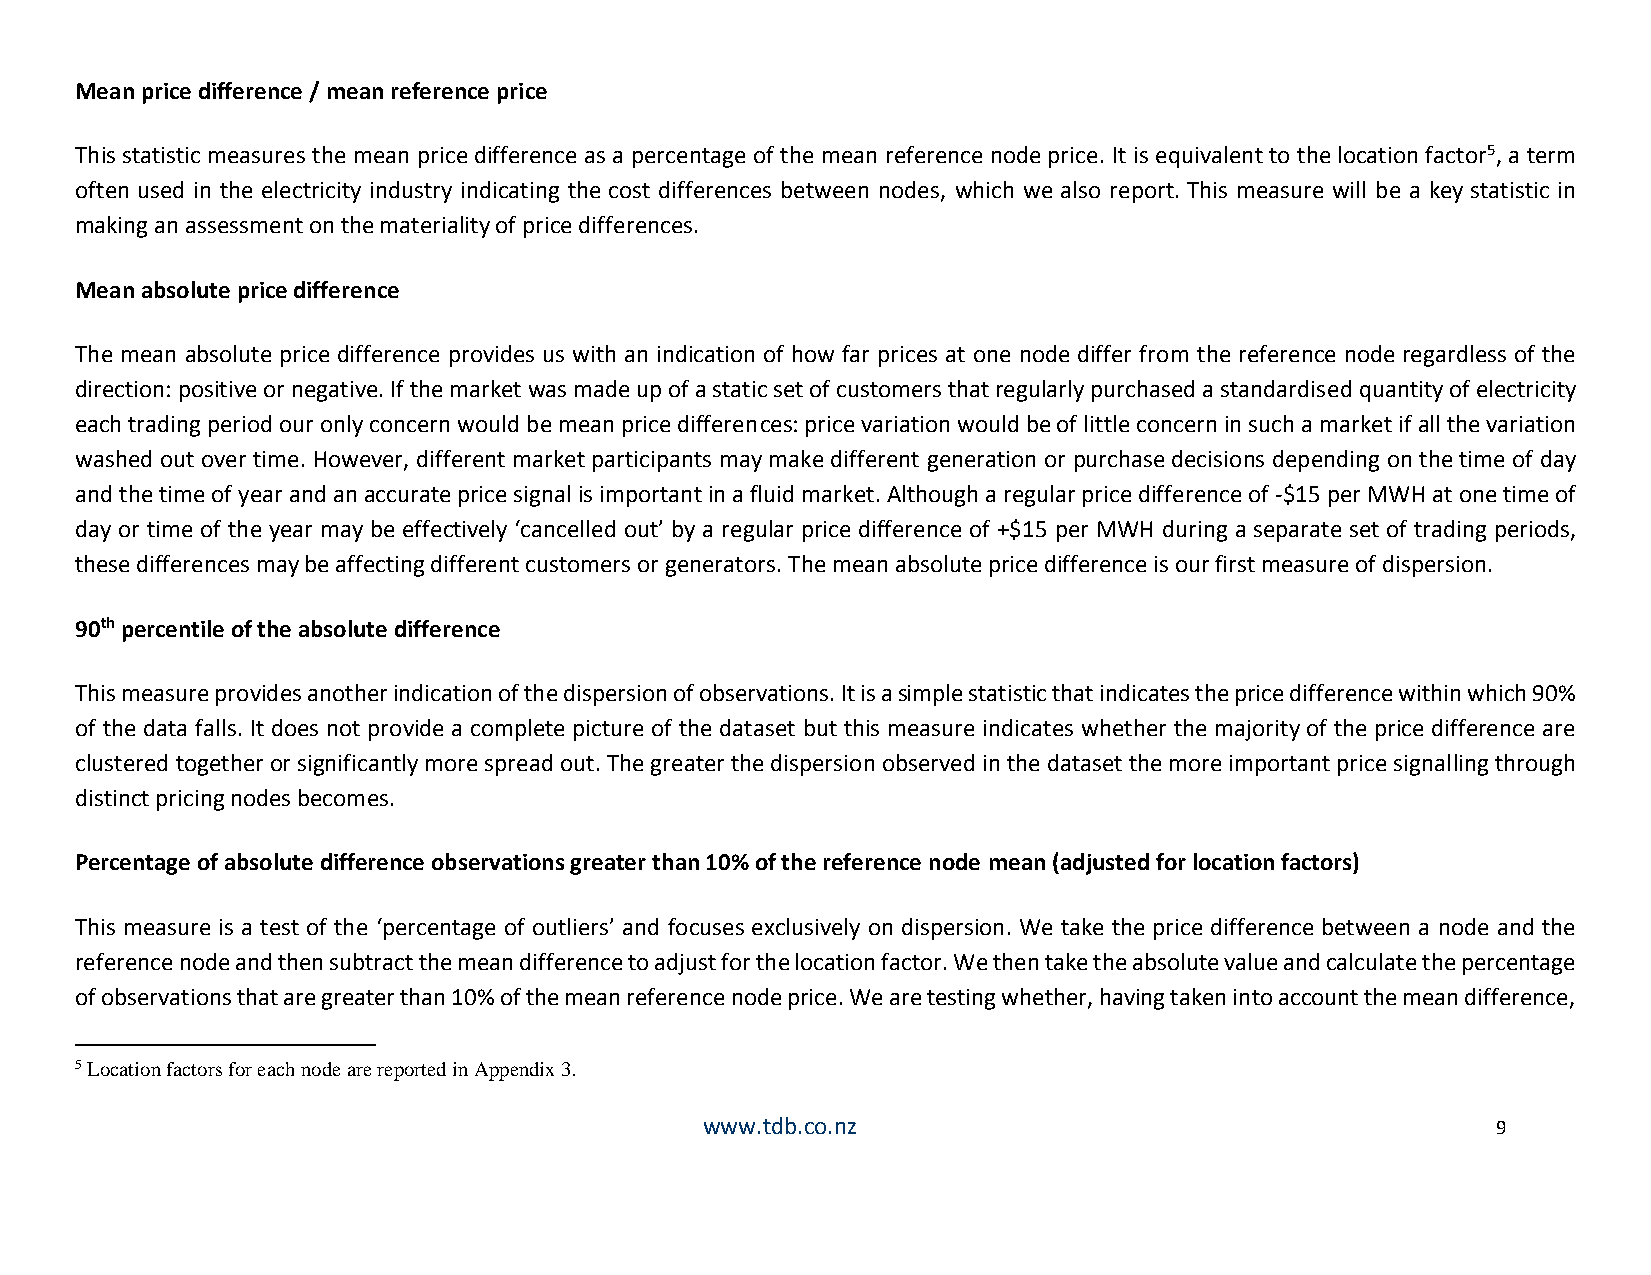
Mean price difference / mean reference price
 This statistic measures the mean price difference as a percentage of the mean reference node price. It is equivalent to the location factor5, a term
 often used in the electricity industry indicating the cost differences between nodes, which we also report. This measure will be a key statistic in
 making an assessment on the materiality of price differences.
 Mean absolute price difference
 The mean absolute price difference provides us with an indication of how far prices at one node differ from the reference node regardless of the
 direction: positive or negative. If the market was made up of a static set of customers that regularly purchased a standardised quantity of electricity
 each trading period our only concern would be mean price differences: price variation would be of little concern in such a market if all the variation
 washed out over time. However, different market participants may make different generation or purchase decisions depending on the time of day
 and the time of year and an accurate price signal is important in a fluid market. Although a regular price difference of -$15 per MWH at one time of
 day or time of the year may be effectively ‘cancelled out’ by a regular price difference of +$15 per MWH during a separate set of trading periods,
 these differences may be affecting different customers or generators. The mean absolute price difference is our first measure of dispersion.
 90th percentile of the absolute difference
 This measure provides another indication of the dispersion of observations. It is a simple statistic that indicates the price difference within which 90%
 of the data falls. It does not provide a complete picture of the dataset but this measure indicates whether the majority of the price difference are
 clustered together or significantly more spread out. The greater the dispersion observed in the dataset the more important price signalling through
 distinct pricing nodes becomes.
 Percentage of absolute difference observations greater than 10% of the reference node mean (adjusted for location factors)
 This measure is a test of the ‘percentage of outliers’ and focuses exclusively on dispersion. We take the price difference between a node and the
 reference node and then subtract the mean difference to adjust for the location factor. We then take the absolute value and calculate the percentage
 of observations that are greater than 10% of the mean reference node price. We are testing whether, having taken into account the mean difference,
 5 Location factors for each node are reported in Appendix 3.
 www.tdb.co.nz                                       9